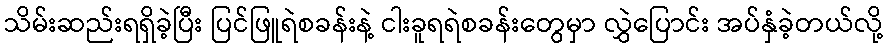
သိမ်းဆည်းရရှိခဲ့ပြီး ပြင်ဖြူရဲစခန်းနဲ့ ငါးခူရရဲစခန်းတွေမှာ လွှဲပြောင်း အပ်နှံခဲ့တယ်လို့